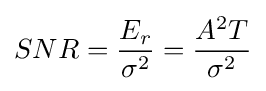
SNR={\frac {E_{r}}{\sigma ^{2}}}={\frac {A^{2}T}{\sigma ^{2}}}